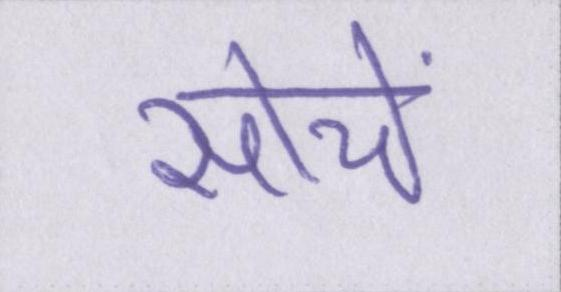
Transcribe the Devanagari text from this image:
सोचें